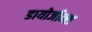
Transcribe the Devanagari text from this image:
डायोजीन्स